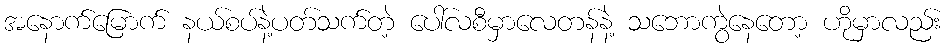
အနောက်မြောက် နယ်စပ်နဲ့ပတ်သက်တဲ့ ပေါ်လစီမှာလေတန်နဲ့ သဘောကွဲနေတော့ ဟိုမှာလည်း